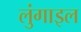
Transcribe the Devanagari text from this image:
लुंगाइल